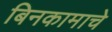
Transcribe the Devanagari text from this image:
बिनकामाचे